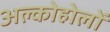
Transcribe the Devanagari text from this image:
अल्कोहोलों